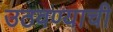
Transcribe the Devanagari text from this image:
उठवण्याची